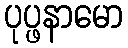
ပုပ္ဖနာမော